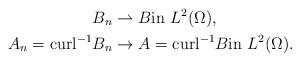
LaTeX: \begin{align*}B_n&\rightharpoonup B\textrm{in}\ L^{2}(\Omega),\\A_n=\textrm{curl}^{-1}B_n&\to A=\textrm{curl}^{-1}B \textrm{in}\ L^{2}(\Omega).\end{align*}